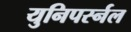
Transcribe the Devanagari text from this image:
युनिपर्स्नल